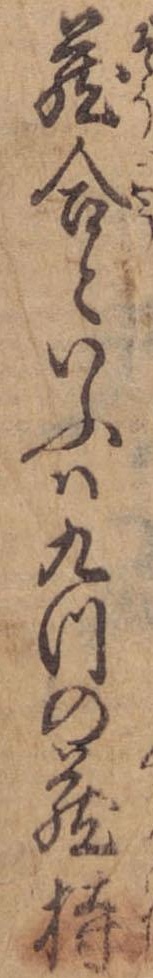
蔵合といふは九つの蔵持